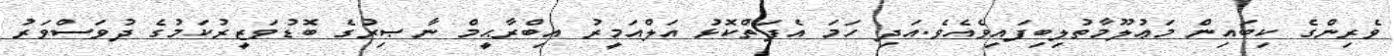
ވެރިންގެ ކިބައިން މަޢުލޫމާތުލިބިފައިވެއެވެ.އަދި ހަމަ އެފަތްކޮޅު އަލްއަމީރު އިބްރާޙީމް ނާޞިރުގެ ބޮޑުވަޒީރުކަމުގެ ދުވަސްވަރު